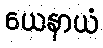
ယေနာယံ